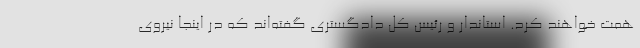
همت خواهند کرد. استاندار و رئیس کل دادگستری گفته‌اند که در اینجا نیروی